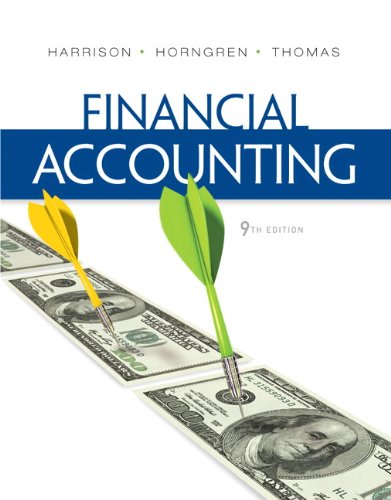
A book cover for Financial Accounting (9th Edition); Walter T. Harrison Jr.; Business & Money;